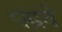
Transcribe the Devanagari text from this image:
पंद्रवें